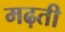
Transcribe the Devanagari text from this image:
मढ़ती